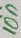
Text: 10n